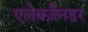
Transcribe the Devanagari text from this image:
एलेक्ज़ैनडर